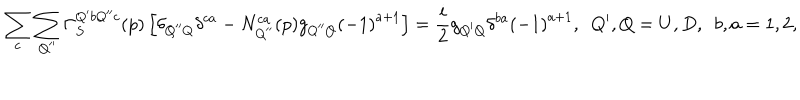
\sum _ { c } \sum _ { Q ^ { \prime \prime } } \Gamma _ { S } ^ { Q ^ { \prime } b Q ^ { \prime \prime } c } ( p ) \left[ \delta _ { Q ^ { \prime \prime } Q } \delta ^ { c a } - N _ { Q ^ { \prime \prime } } ^ { c a } ( p ) g _ { Q ^ { \prime \prime } Q } { ( - 1 ) } ^ { a + 1 } \right] = \frac { i } { 2 } g _ { Q ^ { \prime } Q } \delta ^ { b a } { ( - 1 ) } ^ { a + 1 } , \ \ Q ^ { \prime } , Q = U , D , \ \ b , a = 1 , 2 ,